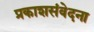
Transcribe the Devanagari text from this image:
प्रकाशसंवेदना